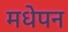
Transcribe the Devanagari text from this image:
मधेपन